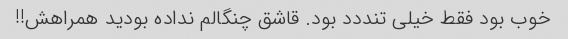
خوب بود فقط خیلی تنددد بود. قاشق چنگالم نداده بودید همراهش!!